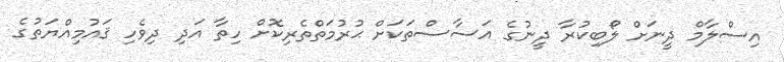
އިސްލާމް ދީނަށް ލޯބިކުރާ ދީނުގެ އަސާސްތަކަށް ޙުރުމަތްތެރިކޮށް ހިތާ އަދި ދިވެހި ޤައުމިއްޔަތުގެ